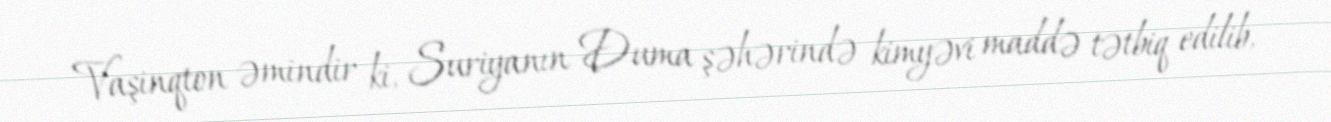
Vaşinqton əmindir ki, Suriyanın Duma şəhərində kimyəvi maddə tətbiq edilib,